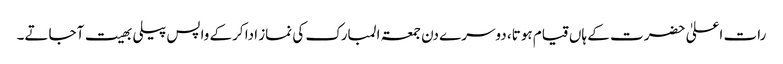
رات اعلیٰ حضرت کے ہاں قیام ہوتا، دوسرے دن جمعۃ المبارک کی نماز ادا کرکے واپس پیلی بھیت آجاتے۔